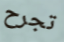
تجرح